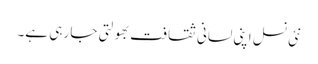
نئی نسل اپنی لسانی ثقافت بھولتی جا رہی ہے۔